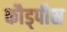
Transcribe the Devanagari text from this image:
कौड्पीस